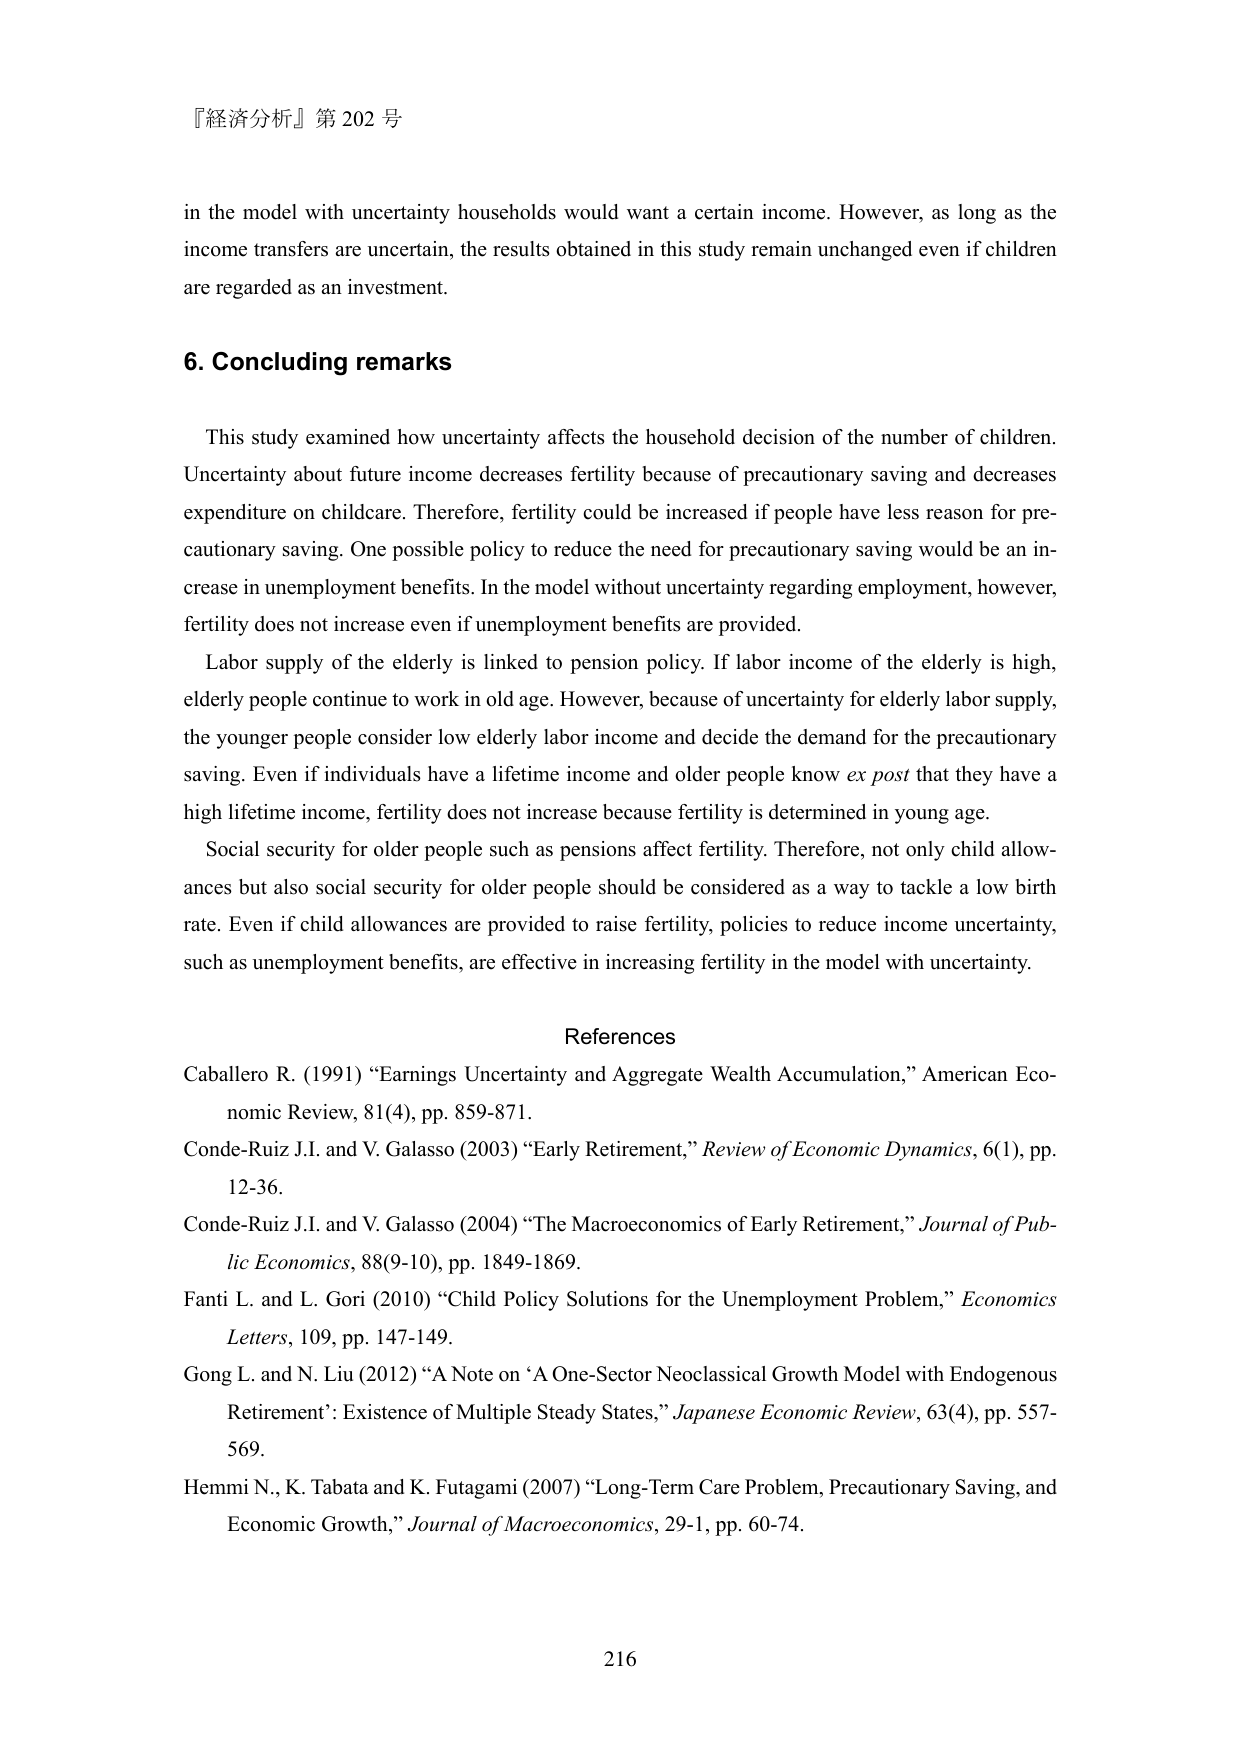
『経済分析』第 202 号

in the model with uncertainty households would want a certain income. However, as long as the income transfers are uncertain, the results obtained in this study remain unchanged even if children are regarded as an investment.

6. Concluding remarks

This study examined how uncertainty affects the household decision of the number of children. Uncertainty about future income decreases fertility because of precautionary saving and decreases expenditure on childcare. Therefore, fertility could be increased if people have less reason for precautionary saving. One possible policy to reduce the need for precautionary saving would be an increase in unemployment benefits. In the model without uncertainty regarding employment, however, fertility does not increase even if unemployment benefits are provided.

Labor supply of the elderly is linked to pension policy. If labor income of the elderly is high, elderly people continue to work in old age. However, because of uncertainty for elderly labor supply, the younger people consider low elderly labor income and decide the demand for the precautionary saving. Even if individuals have a lifetime income and older people know ex post that they have a high lifetime income, fertility does not increase because fertility is determined in young age.

Social security for older people such as pensions affect fertility. Therefore, not only child allowances but also social security for older people should be considered as a way to tackle a low birth rate. Even if child allowances are provided to raise fertility, policies to reduce income uncertainty, such as unemployment benefits, are effective in increasing fertility in the model with uncertainty.

References

Caballero R. (1991) “Earnings Uncertainty and Aggregate Wealth Accumulation,” American Economic Review, 81(4), pp. 859-871.

Conde-Ruiz J.I. and V. Galasso (2003) “Early Retirement,” Review of Economic Dynamics, 6(1), pp. 12-36.

Conde-Ruiz J.I. and V. Galasso (2004) “The Macroeconomics of Early Retirement,” Journal of Public Economics, 88(9-10), pp. 1849-1869.

Fanti L. and L. Gori (2010) “Child Policy Solutions for the Unemployment Problem,” Economics Letters, 109, pp. 147-149.

Gong L. and N. Liu (2012) “A Note on ‘A One-Sector Neoclassical Growth Model with Endogenous Retirement’: Existence of Multiple Steady States,” Japanese Economic Review, 63(4), pp. 557-569.

Hemmi N., K. Tabata and K. Futagami (2007) “Long-Term Care Problem, Precautionary Saving, and Economic Growth,” Journal of Macroeconomics, 29-1, pp. 60-74.

216